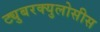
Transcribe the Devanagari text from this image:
ट्युबरक्युलोसीस